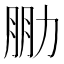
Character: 𠡮